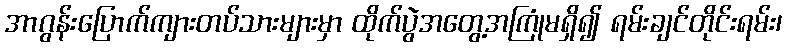
အာဂွန်းပြောက်ကျားတပ်သားများမှာ ထိုက်ပွဲအတွေ့အကြုံမရှိ၍ ရမ်းချင်တိုင်းရမ်း၊